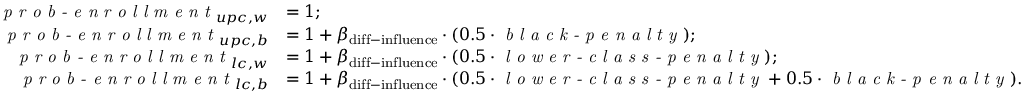
\begin{array} { r l } { \textit { p r o b - e n r o l l m e n t } _ { u p c , w } } & { = 1 ; } \\ { \textit { p r o b - e n r o l l m e n t } _ { u p c , b } } & { = 1 + \beta _ { \mathrm { d i f f - i n f l u e n c e } } \cdot ( 0 . 5 \cdot \textit { b l a c k - p e n a l t y } ) ; } \\ { \textit { p r o b - e n r o l l m e n t } _ { l c , w } } & { = 1 + \beta _ { \mathrm { d i f f - i n f l u e n c e } } \cdot ( 0 . 5 \cdot \textit { l o w e r - c l a s s - p e n a l t y } ) ; } \\ { \textit { p r o b - e n r o l l m e n t } _ { l c , b } } & { = 1 + \beta _ { \mathrm { d i f f - i n f l u e n c e } } \cdot ( 0 . 5 \cdot \textit { l o w e r - c l a s s - p e n a l t y } + 0 . 5 \cdot \textit { b l a c k - p e n a l t y } ) . } \end{array}